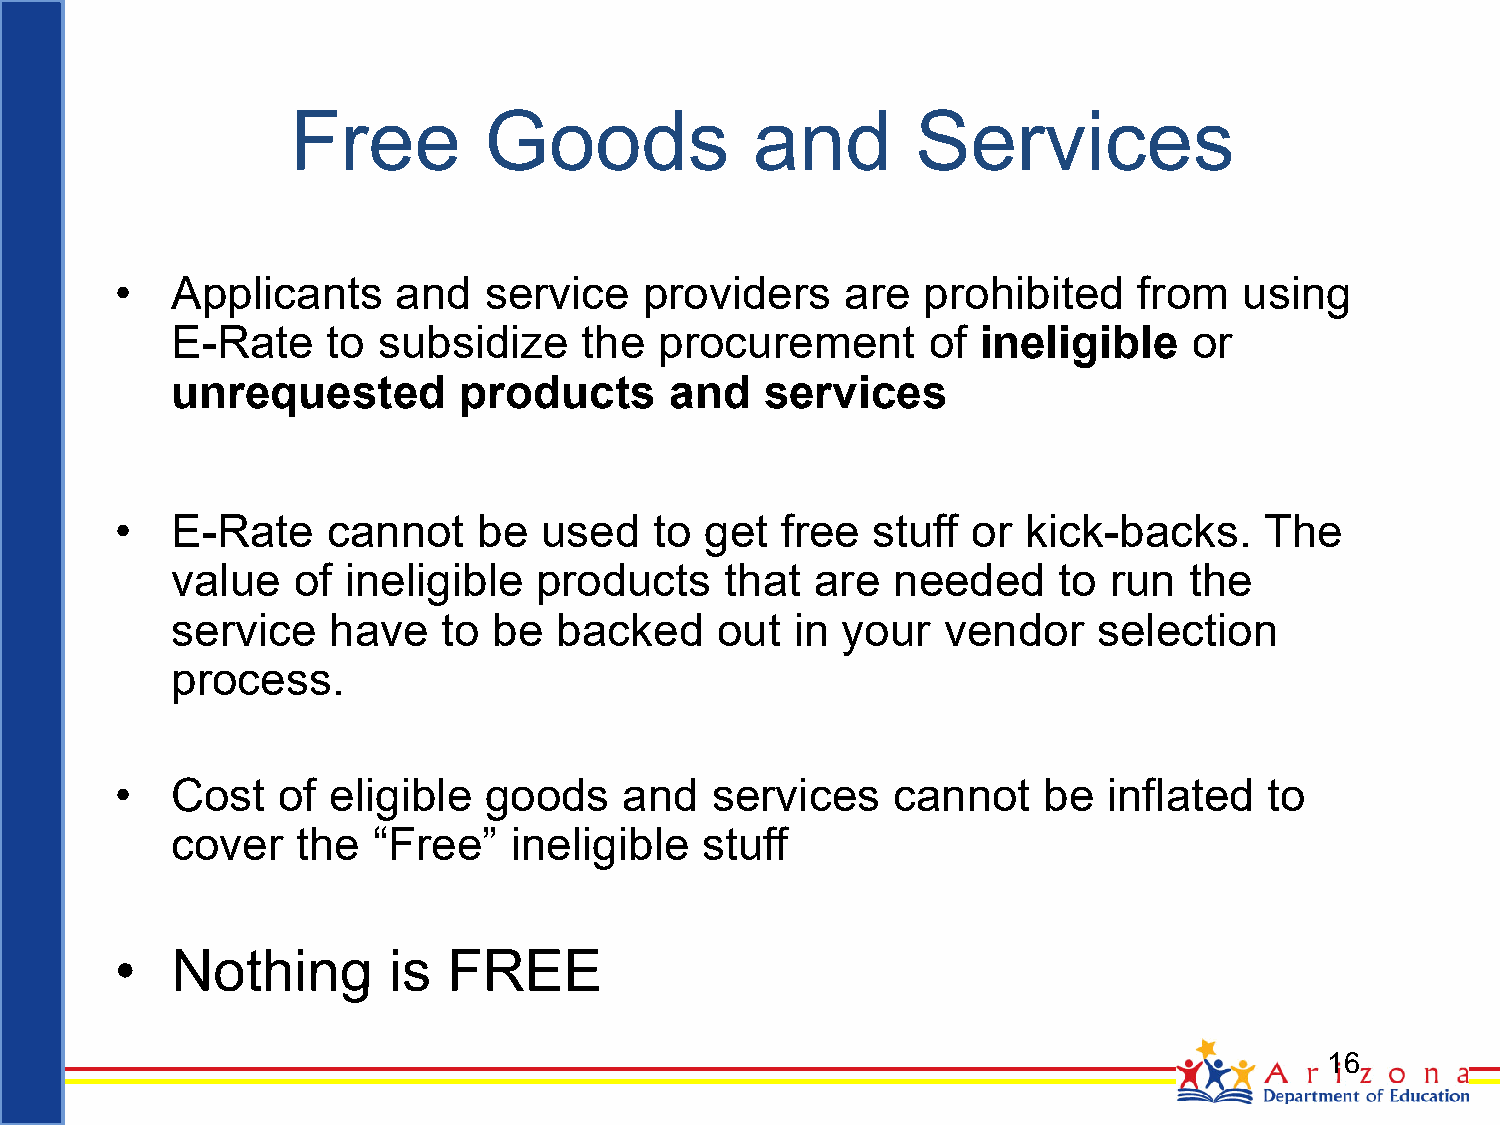
Free         Goods             and        Services
 •  Applicants     and   service    providers    are  prohibited    from   using
 E-Rate     to subsidize     the  procurement      of  ineligible    or
 unrequested        products      and    services
 •  E-Rate     cannot    be  used   to  get  free  stuff or  kick-backs.     The
 value   of  ineligible  products     that  are  needed     to run   the
 service    have   to  be  backed    out   in your  vendor     selection
 process.
 •  Cost   of  eligible  goods    and   services    cannot    be  inflated   to
 cover    the  “Free”   ineligible  stuff
 •  Nothing        is  FREE
 16